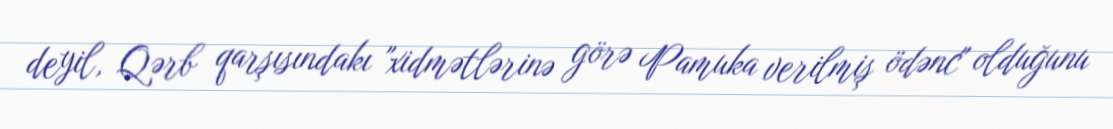
deyil, Qərb qarşısındakı "xidmətlərinə görə Pamuka verilmiş ödənc" olduğunu